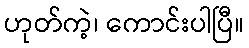
ဟုတ်ကဲ့၊ ကောင်းပါပြီ။